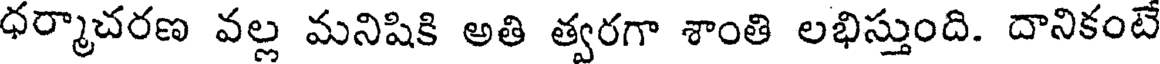
ధర్మాచరణ వల్ల మనిషికి అతి త్వరగా శాంతి లభిస్తుంది. దానికంటే